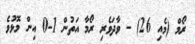
ރޯމް (މެއި 26) - ވާދަވެރި ރޯމާ އަތުން 1-0 އިން މޮޅުވެ